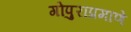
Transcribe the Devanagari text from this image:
गोपुराप्रमाणे